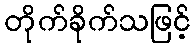
တိုက်ခိုက်သဖြင့်